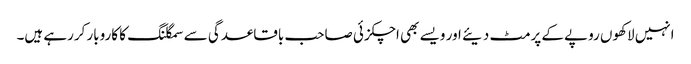
انہیں لاکھوں روپے کے پرمٹ دیئے اور ویسے بھی اچکزئی صاحب باقاعدگی سے سمگلنگ کا کاروبار کررہے ہیں۔